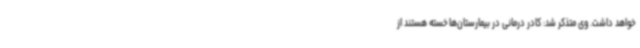
خواهد داشت. وی متذکر شد: کادر درمانی در بیمارستان‌ها خسته هستند از